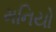
મનિયો